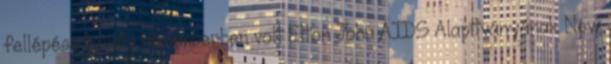
fellépése tavaly novemberben volt Elton John AIDS Alapítványának New